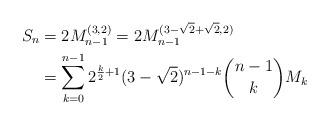
LaTeX: \begin{align*}S_{n}&=2M_{n-1}^{(3,2)}=2M_{n-1}^{(3-\sqrt{2}+\sqrt{2},2)}\\ &=\sum_{k=0}^{n-1}2^{\frac k2+1}(3-\sqrt{2})^{n-1-k}\binom{n-1}{k}M_{k}\end{align*}